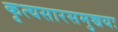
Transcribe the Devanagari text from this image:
कृत्यसारसमुच्चयः